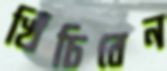
খিঁচিবেন